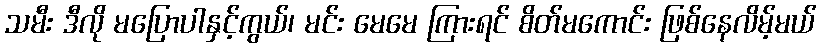
သမီး ဒီလို မပြောပါနှင့်ကွယ်၊ မင်း မေမေ ကြားရင် စိတ်မကောင်း ဖြစ်နေလိမ့်မယ်